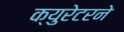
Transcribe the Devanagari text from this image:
क्युरेटरने